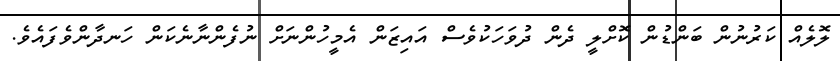
ލޮލެއް ކަރުނުން ބަންޑުން ކޮށްލީ ދެން ދުވަހަކުވެސް އައިޒަން އެމީހުންނަށް ނުފެންނާނެކަން ހަނދާންވެފައެވެ.